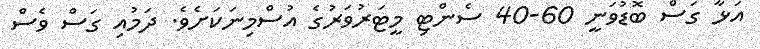
އަޅާ ގަސް ބޮޑުވަނީ 60-40 ސެންޓި މީޓަރުވަރުގެ އުސްމިނަކަށެވެ. ދަމުއި ގަސް ވެސް